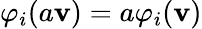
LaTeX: \varphi_{i}(a\mathbf{v})=a\varphi_{i}(\mathbf{v})